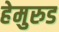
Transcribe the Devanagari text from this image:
हेमुरुड